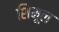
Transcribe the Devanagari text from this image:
शिमूल